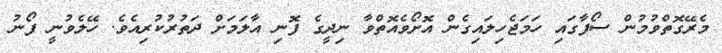
މެރޭގޮތްވުމުން ސޯފާގައި ހަމަޖެހިލައިގެން އޮށޯވެއޮތްވާ ނިދީގެ ފޮނި އާލަމަށް ދަތުރުކުރިއެވެ. ހޭލެވުނީ ފޯނު